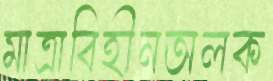
মাত্রাবিহীনঅলক